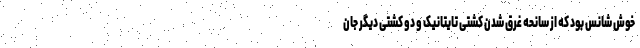
خوش شانس بود که از سانحه غرق شدن کشتی تایتانیک و دو کشتی دیگر جان